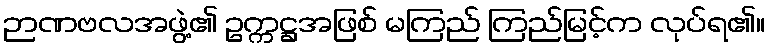
ဉာဏဗလအဖွဲ့၏ ဥက္ကဋ္ဌအဖြစ် မကြည် ကြည်မြင့်က လုပ်ရ၏။